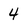
Character: 4